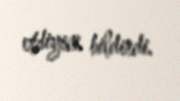
etdiyini bildirdi.